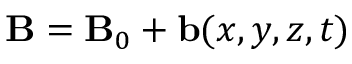
\mathbf { B } = \mathbf { B } _ { 0 } + \mathbf { b } ( x , y , z , t )